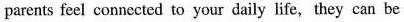
parents feel connected to your daily life,they can be